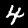
Digit: 4